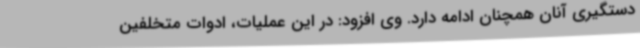
دستگیری آنان همچنان ادامه دارد. وی افزود: در این عملیات، ادوات متخلفین